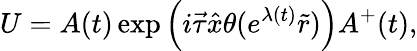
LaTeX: U=A(t)\exp\left(i\vec{\tau}\hat{x}\theta(e^{\lambda(t)}\tilde{r})\right)A^{+}(t),